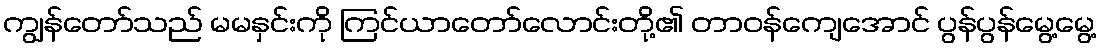
ကျွန်တော်သည် မမနှင်းကို ကြင်ယာတော်လောင်းတို့၏ တာဝန်ကျေအောင် ပွန်ပွန်မွေ့မွေ့